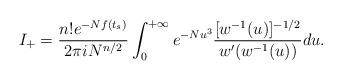
LaTeX: \begin{align*}I_+ = {n!e^{-Nf(t_s)}\over2\pi iN^{n/2}} \int_0^{+\infty} e^{-Nu^3}{[w^{-1}(u)]^{-1/2}\over w'(w^{-1}(u))}du.\end{align*}